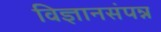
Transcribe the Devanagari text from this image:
विज्ञानसंपन्न